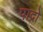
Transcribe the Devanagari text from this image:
पाद्रो